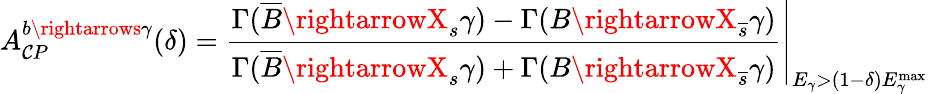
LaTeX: A_{\mathcal{C}P}^{b\rightarrows\gamma}(\delta)=\left.\frac{{\Gamma(\overline{{{{B}}}}\rightarrowX_{s}\gamma)-\Gamma(B\rightarrowX_{\overline{{{{s}}}}}\gamma)}}{{\Gamma(\overline{{{{B}}}}\rightarrowX_{s}\gamma)+\Gamma(B\rightarrowX_{\overline{{{{s}}}}}\gamma)}}\right|_{E_{\gamma}>(1-\delta)E_{\gamma}^{\mathrm{{max}}}}\,